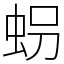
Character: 𧊅